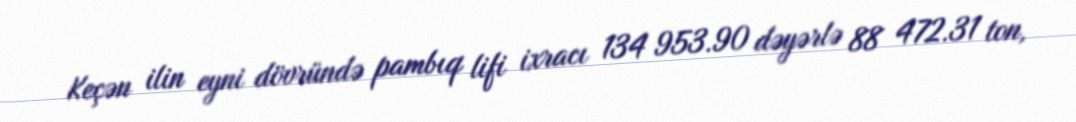
Keçən ilin eyni dövründə pambıq lifi ixracı 134 953.90 dəyərlə 88 472.31 ton,